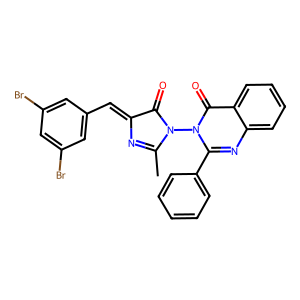
SMILES: CC1=NC(=Cc2cc(Br)cc(Br)c2)C(=O)N1n1c(-c2ccccc2)nc2ccccc2c1=O
Inhibits HIV replication: No